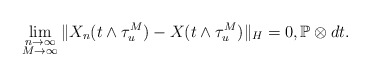
\begin{align*}\lim_{\substack{n\rightarrow\infty \\ M\rightarrow\infty}}\Vert X_n(t\wedge\tau_u^M) - X(t\wedge \tau_u^M ) \Vert_H = 0 , \mathbb{P}\otimes dt .\end{align*}